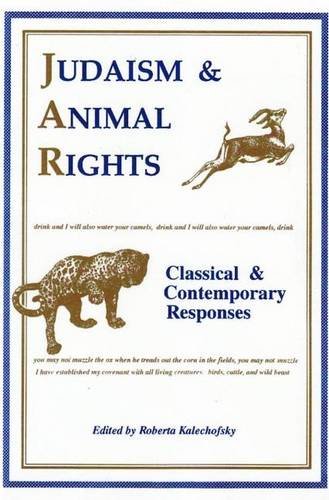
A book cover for Judaism and Animal Rights: Classical and Contemporary Responses; Religion & Spirituality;